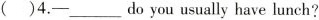
()4.—___doyou usually have lunch?